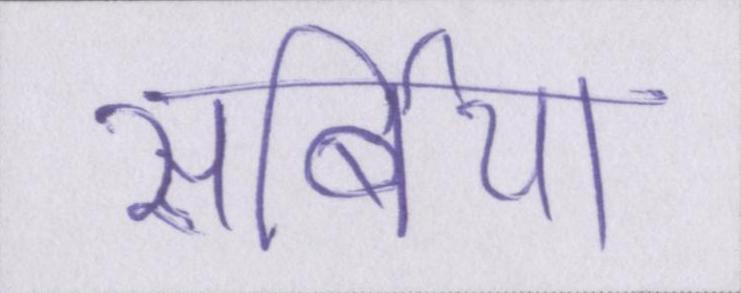
सर्बिया